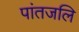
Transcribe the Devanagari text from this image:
पांतजलि